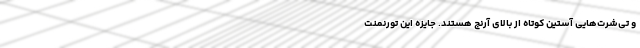
و تی‌شرت‌هایی آستین کوتاه از بالای آرنج هستند. جایزه این تورنمنت